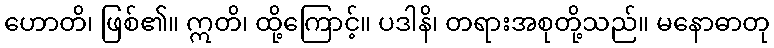
ဟောတိ၊ ဖြစ်၏။ ဣတိ၊ ထို့ကြောင့်။ ပဒါနိ၊ တရားအစုတို့သည်။ မနောဓာတု